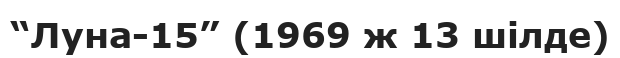
“Луна-15” (1969 ж 13 шілде)